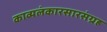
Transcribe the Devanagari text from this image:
काव्यलंकारसारसंग्रह